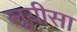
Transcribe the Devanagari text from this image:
लूयीसा